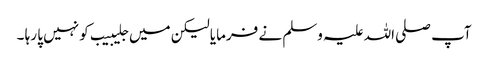
آپ صلی اللہ علیہ وسلم نے فرمایا لیکن میں جلیبیب کو نہیں پا رہا ۔